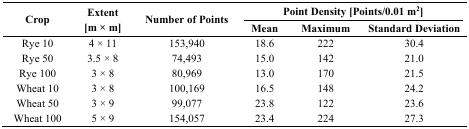
| <ROWSPAN=3> Crop | <ROWSPAN=3> Extent [m × m] | <ROWSPAN=3> Number of Points | <COLSPAN=3> Point Density [Points/0.01 m2] |
 | Mean | Maximum | Standard Deviation |
 | --- | --- | --- | --- | --- | --- |
 | Rye 10 | 4 × 11 | 153,940 | 18.6 | 222 | 30.4 |
 | Rye 50 | 3.5 × 8 | 74,493 | 15.0 | 142 | 21.0 |
 | Rye 100 | 3 × 8 | 80,969 | 13.0 | 170 | 21.5 |
 | Wheat 10 | 3 × 8 | 100,169 | 16.5 | 148 | 24.2 |
 | Wheat 50 | 3 × 9 | 99,077 | 23.8 | 122 | 23.6 |
 | Wheat 100 | 5 × 9 | 154,057 | 23.4 | 224 | 27.3 |